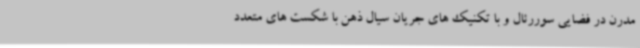
مدرن در فضایی سوررئال و با تکنیک های جریان سیال ذهن با شکست های متعدد